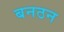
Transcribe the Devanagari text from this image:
बनठन